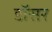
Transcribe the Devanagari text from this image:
डॉसर